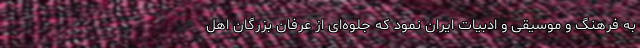
به فرهنگ و موسیقی و ادبیات ایران نمود که جلوه‌ای از عرفان بزرگان اهل